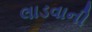
લાડવાની